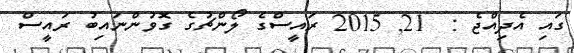
ގައި އެދިއްޖެ :  21